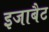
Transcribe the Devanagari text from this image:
इजाबैट